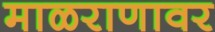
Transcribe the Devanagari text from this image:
माळराणावर